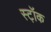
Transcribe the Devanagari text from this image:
स्ट़ॉक